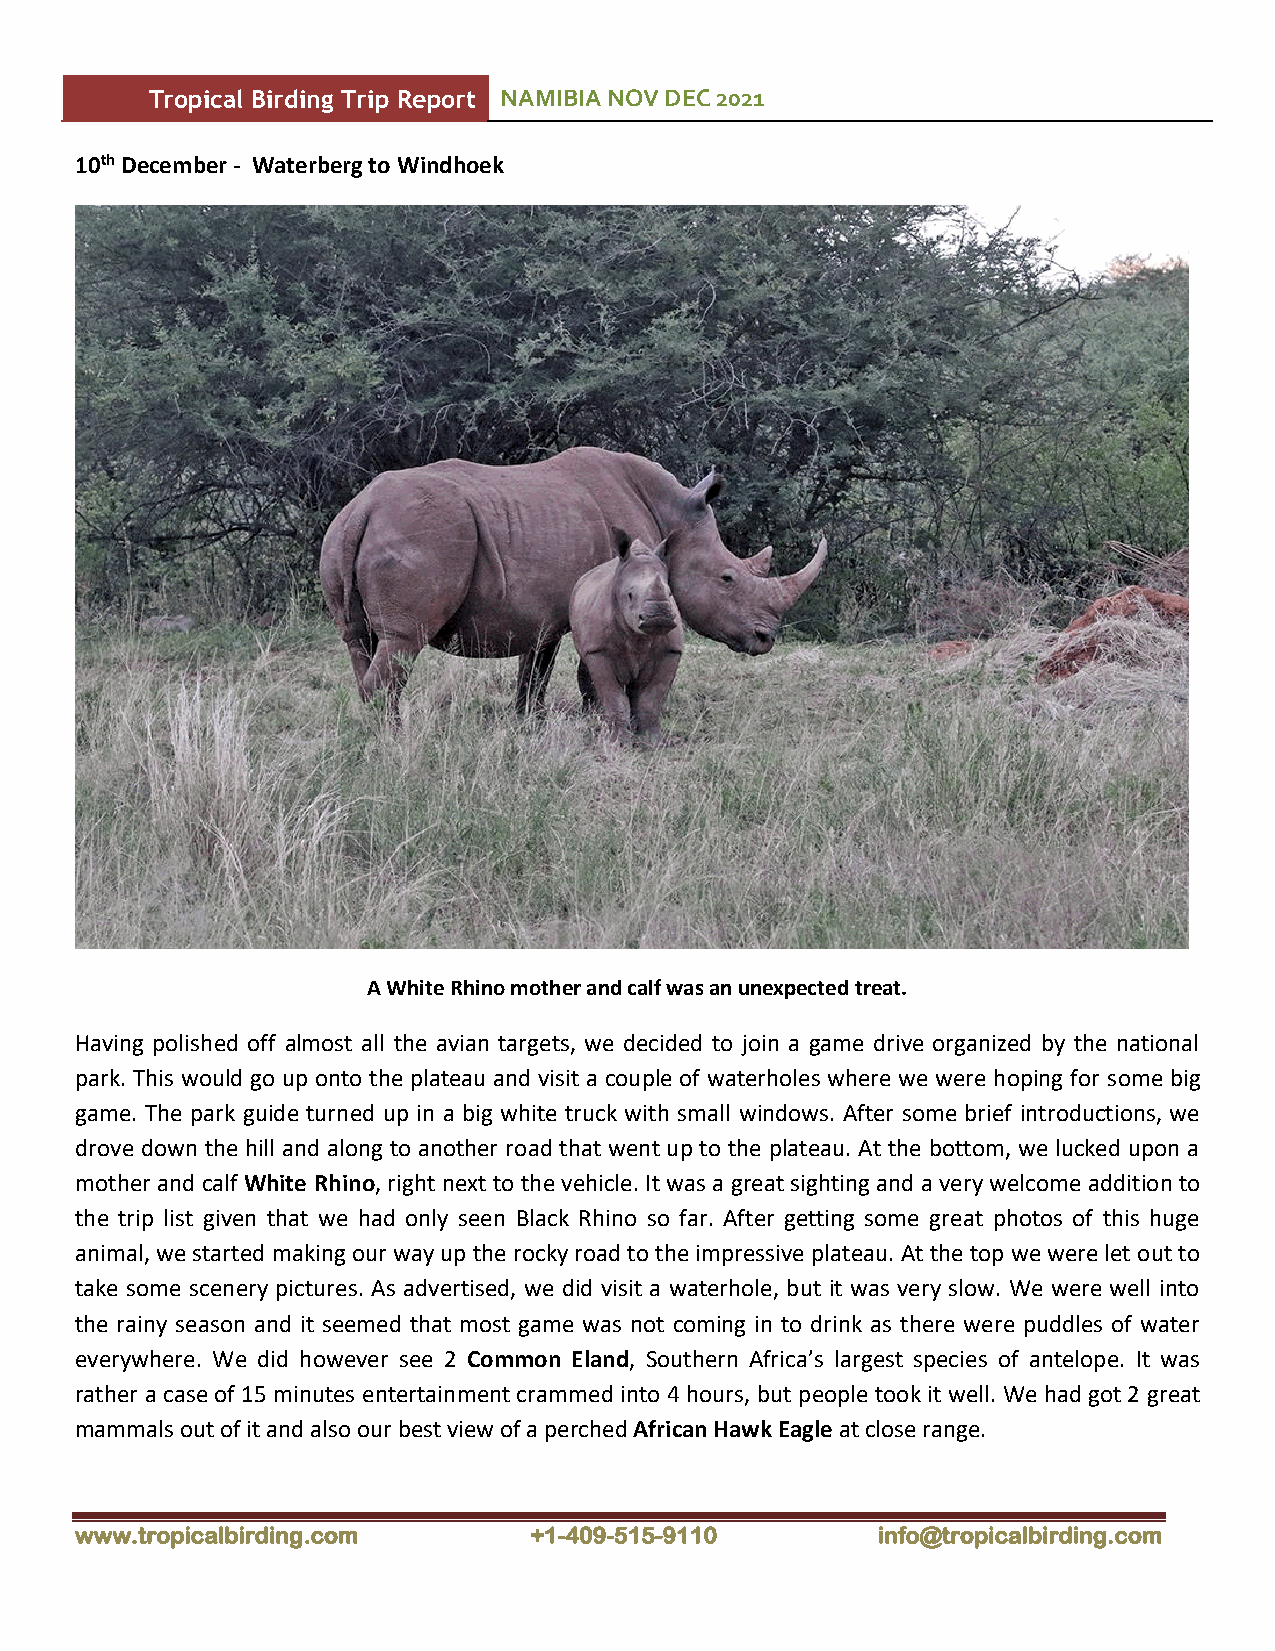
Tropical Birding Trip Report NAMIBIA NOV DEC 2021
 10th December - Waterberg to Windhoek
 A White Rhino mother and calf was an unexpected treat.
 Having polished off almost all the avian targets, we decided to join a game drive organized by the national
 park. This would go up onto the plateau and visit a couple of waterholes where we were hoping for some big
 game. The park guide turned up in a big white truck with small windows. After some brief introductions, we
 drove down the hill and along to another road that went up to the plateau. At the bottom, we lucked upon a
 mother and calf White Rhino, right next to the vehicle. It was a great sighting and a very welcome addition to
 the trip list given that we had only seen Black Rhino so far. After getting some great photos of this huge
 animal, we started making our way up the rocky road to the impressive plateau. At the top we were let out to
 take some scenery pictures. As advertised, we did visit a waterhole, but it was very slow. We were well into
 the rainy season and it seemed that most game was not coming in to drink as there were puddles of water
 everywhere. We did however see 2 Common Eland, Southern Africa’s largest species of antelope. It was
 rather a case of 15 minutes entertainment crammed into 4 hours, but people took it well. We had got 2 great
 mammals out of it and also our best view of a perched African Hawk Eagle at close range.
 www.tropicalbirding.com       +1-409-515-9110        info@tropicalbirding.com